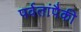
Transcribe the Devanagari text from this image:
पर्वतांपैकी